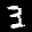
Label: 3